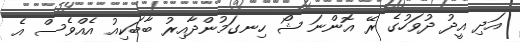
އަދި އީދު ދުވަހުގެ ރޭ އޮންނަ ޝޯ ހިނގަމުންދާއިރު ބާބަކިއު އެއްވެސް އެ